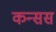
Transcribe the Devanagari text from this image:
कन्सस